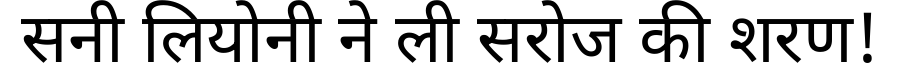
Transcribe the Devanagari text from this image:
सनी लियोनी ने ली सरोज की शरण!